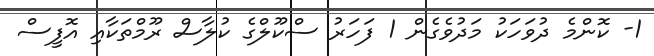
1- ކޮންމެ ދުވަހަކު މަދުވެގެން 1 ފަހަރު ސްކޫލްގެ ކުލާސް ރޫމްތަކާއި އޮފީސް